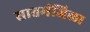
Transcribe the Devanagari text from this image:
सातमंजिला